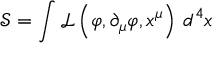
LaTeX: { \mathcal { S } } = \int { \mathcal { L } } \left( \varphi , \partial _ { \mu } \varphi , x ^ { \mu } \right) \, d ^ { 4 } x